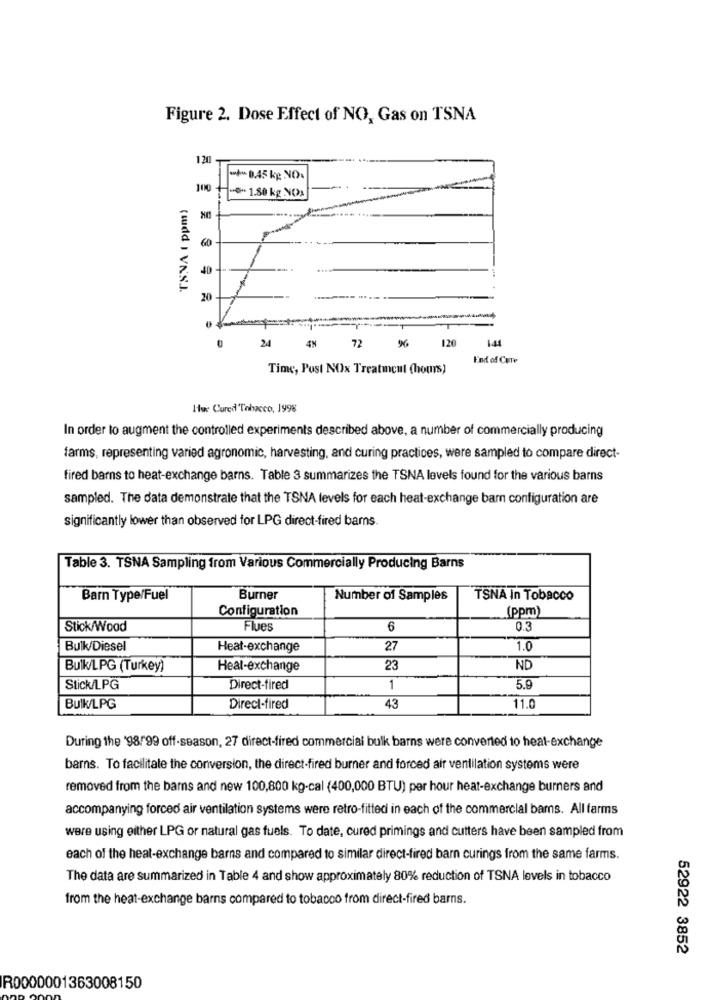
Figure 2. Dose Effect of NO, Gas on TSNA
120
-+-8.45 kg NO.
100
"TSNA ( ppm)
-6- 1.80 kg NO:
----
60
20
24
72
120
4%
End of Cute
Time, Pust NOx Treatment (hours)
Hue Cured Tobacco, 1998
In order to augment the controlled experiments described above, a number of commercially producing
farms, representing varied agronomic, harvesting, and curing practices, were sampled to compare direct-
fired barns to heat-exchange barns. Table 3 summarizes the TSNA levels found for the various barns
sampled. The data demonstrate that the TSNA levels for each heat-exchange barn configuration are
significantly lower than observed for LPG direct-fired bams.
Table 3. TSNA Sampling from Various Commercially Producing Barns
Barn Type/Fuel
Burner
Number of Samples
TSNA in Tobacco
Configuration
(ppm)
Stick/Wood
Flues
6
0.3
Bulk/Diesel
Heat-exchange
27
1.0
Bulk/LPG (Turkey)
Heal-exchange
23
ND
Stick/LPG
Direct-fired
1
5.9
Bulk/LPG
Direct-fired
43
11.0
During the '98/99 off-season, 27 direct-fired commercial bulk barns were converted to heat-exchange
barns. To facilitate the conversion, the direct-fired burner and forced air ventilation systems were
removed from the barns and new 100,800 kg-cal (400,000 BTU) per hour heat-exchange burners and
accompanying forced air ventilation systems were retro-fitted in each of the commercial bars. All farms
were using either LPG or natural gas fuels. To date, cured primings and cutters have been sampled from
each of the heat-exchange barns and compared to similar direct-fired barn curings from the same farms.
The data are summarized in Table 4 and show approximately 80% reduction of TSNA levels in tobacco
from the heat-exchange barns compared to tobacco from direct-fired barns.
52922 3852
R0000001363008150